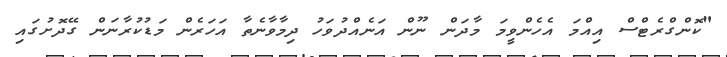
"ކޮންގްރެޓްސް އިއްމަ އެހެންވީމަ މާދަން ނޫން އަނެއްދުވަހު ދިމާވާނެތާ އަހަރެން މަޑުކުރާނަން ގޭދޮށުގައި